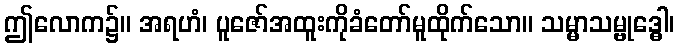
ဤလောက၌။ အရဟံ၊ ပူဇော်အထူးကိုခံတော်မူထိုက်သော။ သမ္မာသမ္ဗုဒ္ဓေါ၊